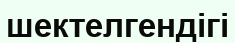
шектелгендігі